Jaan_Tonisson_(Lasteleht), lk 113
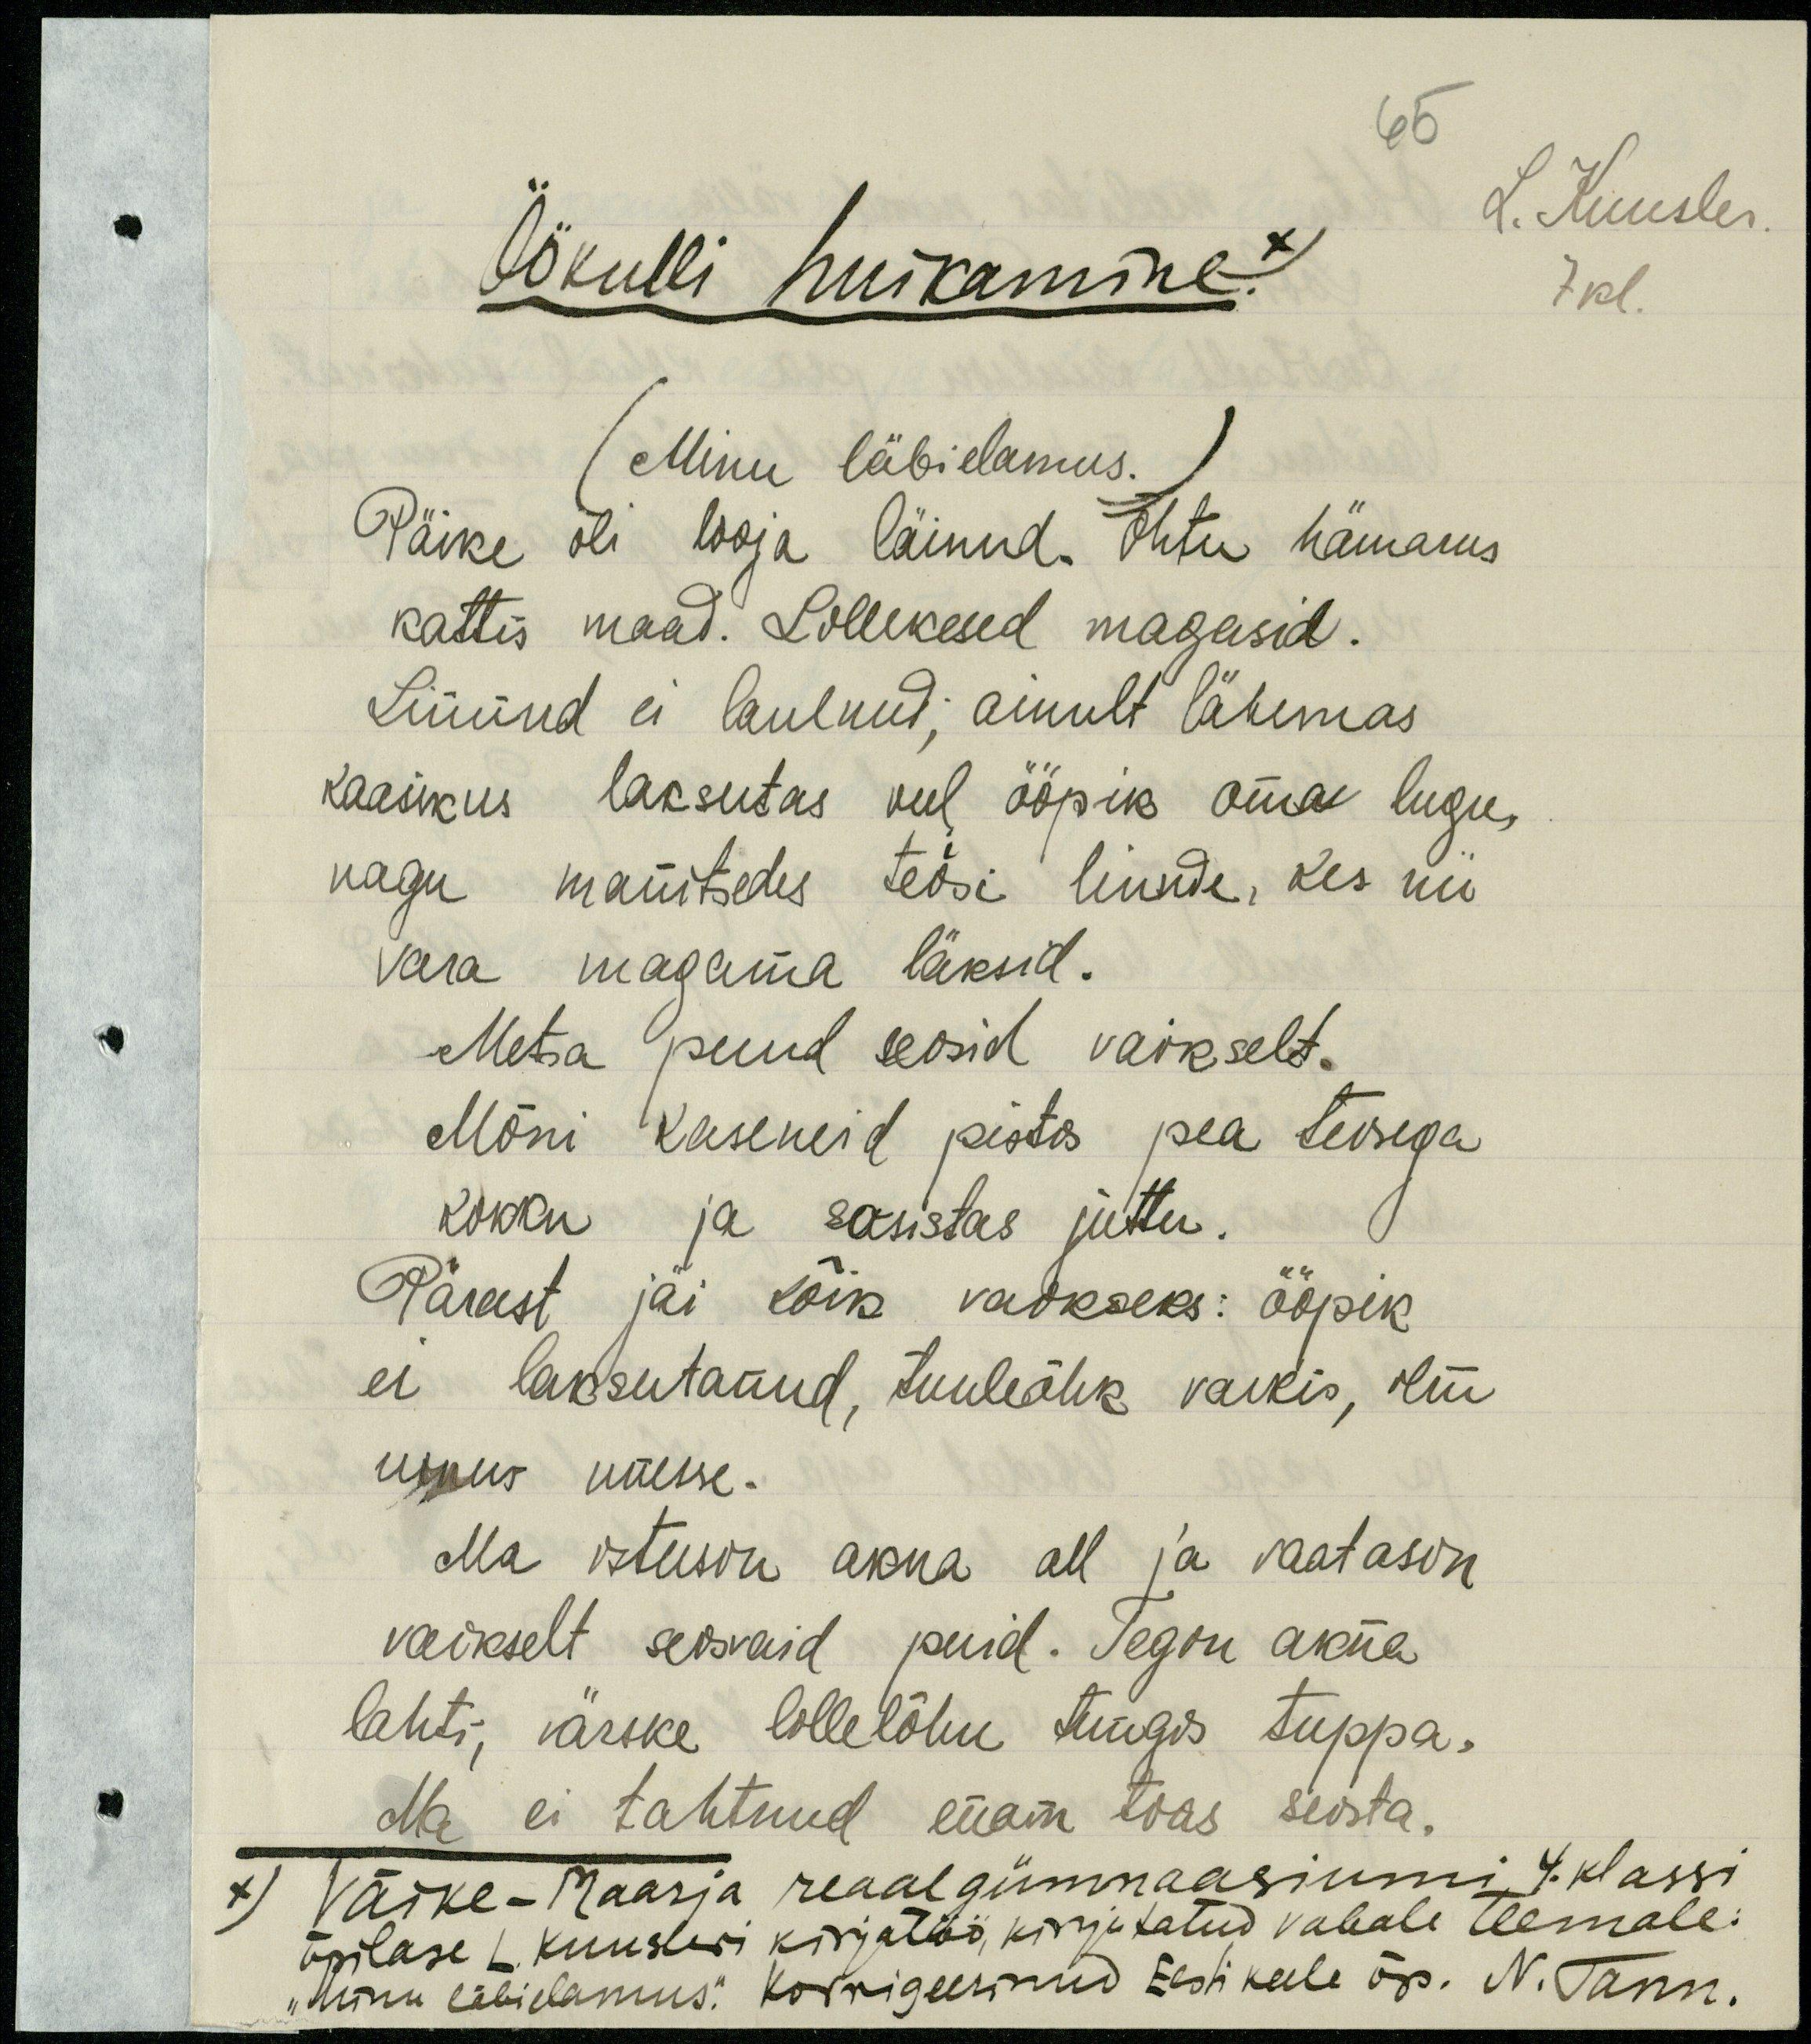
65
Öökulli huikamine. x)
L. Kuusler
7 kl.
(Minu läbi elamus.)
Päike oli looja läinud. Õhtu hämarus
kattis maad. Lillekesed magasid.
Linnud ei laulnud; ainult lähemas
kaasikus laksutas veel ööpik oma lugu,
nagu manitsedes teosi linnde, kes nii
vara magama läksid.
Metsa puud seosid väikselt.
Mõni kaseneid pistis pea teisega
kokku ja sosistas juttu.
Pärast jäi kõik vaikseks: ööpik
ei laksutanud, tuuleõhk vaikis, kui
uinus unesse.
Ma istusin akna all ja vaatasin
vaikselt seisvaid puid. Tegin akna
lahti, värske lillelõhn tungis tuppa.
Ma ei tahtnud enam toas seista.
x) Väike-Maarja reaalgümnaasiumi 4. klassi
õpilase L Kuusleri kirjatöö kirjutatud vabale teemale.
"Minu läbielamus." Korrigeerinud Eesti keele õp. N. Tann.